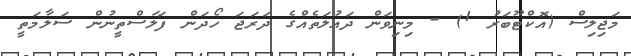
މަޖިލިސް (އޮކްޓޫބަރު 1) - މިނިވަން ދައުލަތެއްގެ ދަރަޖަ ހޯދަން ފަލަސްތީނުން ސަލާމަތީ